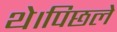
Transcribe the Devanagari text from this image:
थे।पिछले